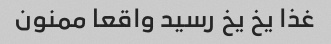
غذا یخ یخ رسید واقعا ممنون